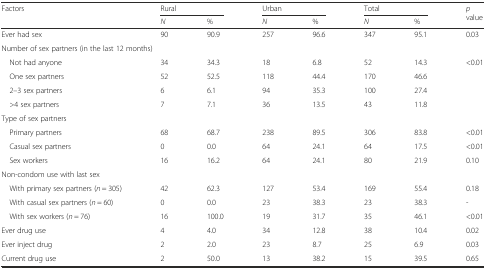
<table><thead><tr><td rowspan="2"><b>Factors</b></td><td colspan="2"><b>Rural</b></td><td colspan="2"><b>Urban</b></td><td colspan="2"><b>Total</b></td><td rowspan="2"><b><i>p</i> value</b></td></tr><tr><td><b><i>N</i></b></td><td><b>%</b></td><td><b><i>N</i></b></td><td><b>%</b></td><td><b><i>N</i></b></td><td><b>%</b></td></tr></thead><tbody><tr><td>Ever had sex</td><td>90</td><td>90.9</td><td>257</td><td>96.6</td><td>347</td><td>95.1</td><td>0.03</td></tr><tr><td colspan="4">Number of sex partners (in the last 12 months)</td><td></td><td></td><td></td><td></td></tr><tr><td> Not had anyone</td><td>34</td><td>34.3</td><td>18</td><td>6.8</td><td>52</td><td>14.3</td><td>&lt;0.01</td></tr><tr><td> One sex partners</td><td>52</td><td>52.5</td><td>118</td><td>44.4</td><td>170</td><td>46.6</td><td></td></tr><tr><td> 2–3 sex partners</td><td>6</td><td>6.1</td><td>94</td><td>35.3</td><td>100</td><td>27.4</td><td></td></tr><tr><td> &gt;4 sex partners</td><td>7</td><td>7.1</td><td>36</td><td>13.5</td><td>43</td><td>11.8</td><td></td></tr><tr><td>Type of sex partners</td><td></td><td></td><td></td><td></td><td></td><td></td><td></td></tr><tr><td> Primary partners</td><td>68</td><td>68.7</td><td>238</td><td>89.5</td><td>306</td><td>83.8</td><td>&lt;0.01</td></tr><tr><td> Casual sex partners</td><td>0</td><td>0.0</td><td>64</td><td>24.1</td><td>64</td><td>17.5</td><td>&lt;0.01</td></tr><tr><td> Sex workers</td><td>16</td><td>16.2</td><td>64</td><td>24.1</td><td>80</td><td>21.9</td><td>0.10</td></tr><tr><td colspan="2">Non-condom use with last sex</td><td></td><td></td><td></td><td></td><td></td><td></td></tr><tr><td> With primary sex partners (<i>n</i> = 305)</td><td>42</td><td>62.3</td><td>127</td><td>53.4</td><td>169</td><td>55.4</td><td>0.18</td></tr><tr><td> With casual sex partners (<i>n</i> = 60)</td><td>0</td><td>0.0</td><td>23</td><td>38.3</td><td>23</td><td>38.3</td><td>-</td></tr><tr><td> With sex workers (<i>n</i> = 76)</td><td>16</td><td>100.0</td><td>19</td><td>31.7</td><td>35</td><td>46.1</td><td>&lt;0.01</td></tr><tr><td>Ever drug use</td><td>4</td><td>4.0</td><td>34</td><td>12.8</td><td>38</td><td>10.4</td><td>0.02</td></tr><tr><td>Ever inject drug</td><td>2</td><td>2.0</td><td>23</td><td>8.7</td><td>25</td><td>6.9</td><td>0.03</td></tr><tr><td>Current drug use</td><td>2</td><td>50.0</td><td>13</td><td>38.2</td><td>15</td><td>39.5</td><td>0.65</td></tr></tbody></table>